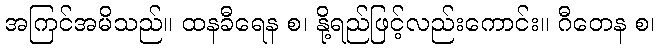
အကြင်အမိသည်။ ထနခီရေန စ၊ နို့ရည်ဖြင့်လည်းကောင်း။ ဂီတေန စ၊